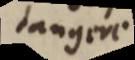
tangere